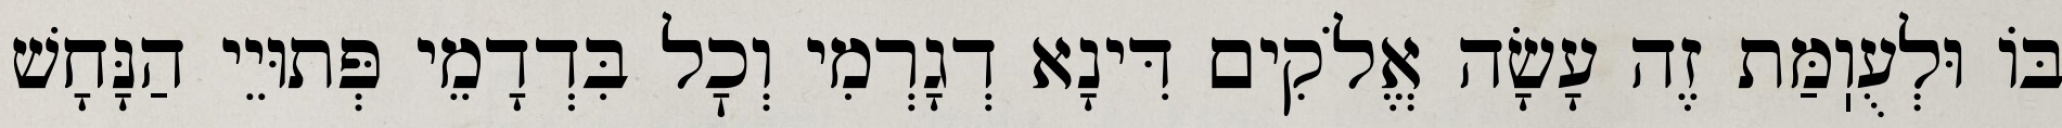
בּוֹ וּלְעֻוֽמַּת זֶה עָשָׂה אֱלֹקִים דִּינָא דְגָרְמִי וְכׇל בִּדְדָמֵי פְּתוּיֵי הַנָּחָשׁ